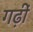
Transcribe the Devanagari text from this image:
गढ़ीं